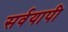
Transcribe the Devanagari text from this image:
सर्वयापी